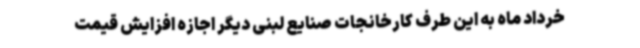
خرداد ماه به این طرف کارخانجات صنایع لبنی دیگر اجازه افزایش قیمت